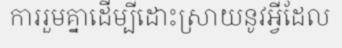
ការរួមគ្នាដើម្បីដោះស្រាយនូវអ្វីដែល